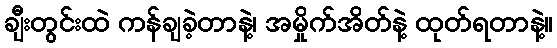
ချီးတွင်းထဲ ကန်ချခဲ့တာနဲ့၊ အမှိုက်အိတ်နဲ့ ထုတ်ရတာနဲ့။